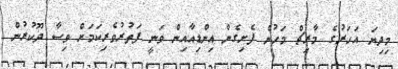
މިދިޔަ އަހަރުގެ މާރިޗް މަހުން ފެށިގެން އިންޑިއާއިން ވަނީ ފަތުރުވެރިކަމަށް ވިސާ ދޫކުރުން